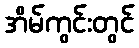
အိမ်ကွင်းတွင်